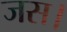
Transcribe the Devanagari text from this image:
जस।